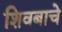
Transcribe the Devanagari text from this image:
शिवबाचे